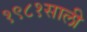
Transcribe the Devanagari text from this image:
१९८१साली